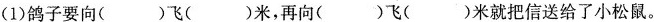
(1)鸽子要向( )飞( )米，再向( )飞( )米就把信送给了小松鼠。